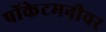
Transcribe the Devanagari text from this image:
पॉकेटमनीवर